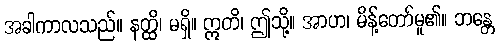
အခါကာလသည်။ နတ္ထိ၊ မရှိ။ ဣတိ၊ ဤသို့။ အာဟ၊ မိန့်တော်မူ၏။ ဘန္တေ